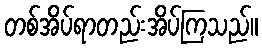
တစ်အိပ်ရာတည်းအိပ်ကြသည်။